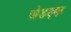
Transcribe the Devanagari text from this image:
जेडएफ